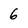
Character: 6